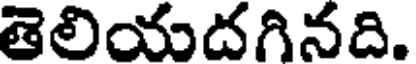
తెలియదగినది.